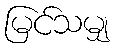
မြင်သမျှ